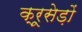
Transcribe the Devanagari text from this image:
क्रूसेड़ों